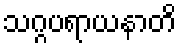
သဂ္ဂပရာယနာတိ